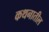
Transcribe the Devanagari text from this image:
कथनातील